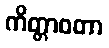
ကိတ္တာဝတာ